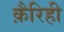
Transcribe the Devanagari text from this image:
क़ैरिही